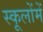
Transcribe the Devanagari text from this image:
स्कूलोंमें